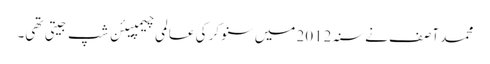
محمد آصف نے سنہ 2012 میں سنوکر کی عالمی چیمپیئن شپ جیتی تھی۔